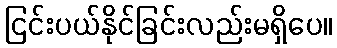
ငြင်းပယ်နိုင်ခြင်းလည်းမရှိပေ။